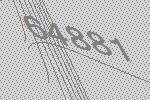
64881